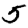
Digit: 5